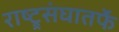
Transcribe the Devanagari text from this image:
राष्ट्र्रसंघातर्फे